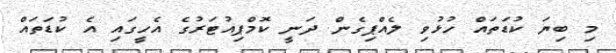
މި ބިޔަ ކުޑަތައް ހުޅުވި ލެއްޕިގެން ދަނީ ކޮމްޕިއުޓަރުގެ އެހީގައި އެ ކުޑަތައް